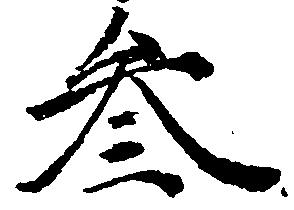
参